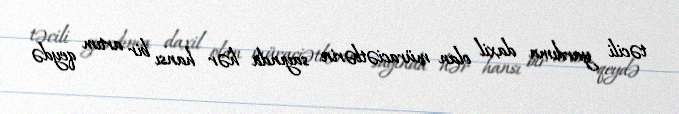
təcili yardıma daxil olan müraciətlərin sayında hər hansı bir artım qeydə